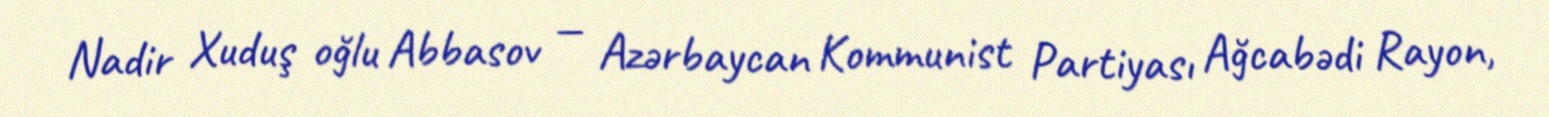
Nadir Xuduş oğlu Abbasov — Azərbaycan Kommunist Partiyası Ağcabədi Rayon,